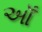
ઑઁ